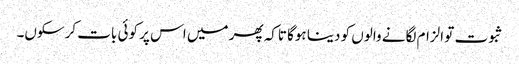
ثبوت تو الزام لگانے والوں کو دینا ہوگا تاکہ پھر میں اس پر کوئی بات کرسکوں۔